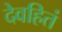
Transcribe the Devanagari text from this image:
देवहितं